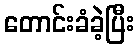
တောင်းခံခဲ့ပြီး